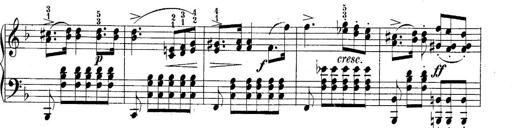
Title: 10 Sonatines progressives
Composer: Anton Schmoll